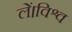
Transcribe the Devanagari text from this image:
लें।विश्व